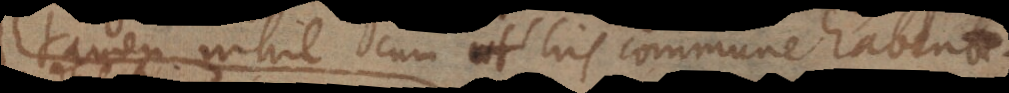
tamen nihil cum his commune habent.